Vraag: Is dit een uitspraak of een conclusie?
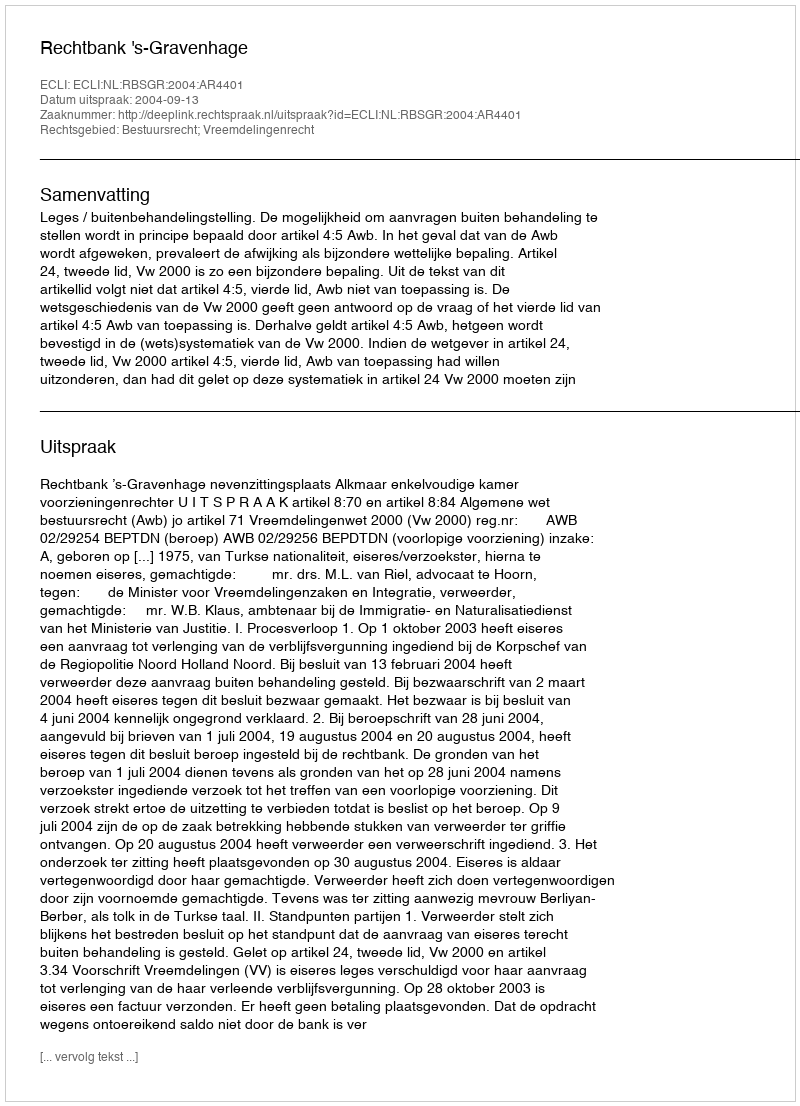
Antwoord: Uitspraak